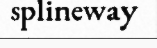
splineway